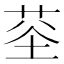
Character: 𮏏